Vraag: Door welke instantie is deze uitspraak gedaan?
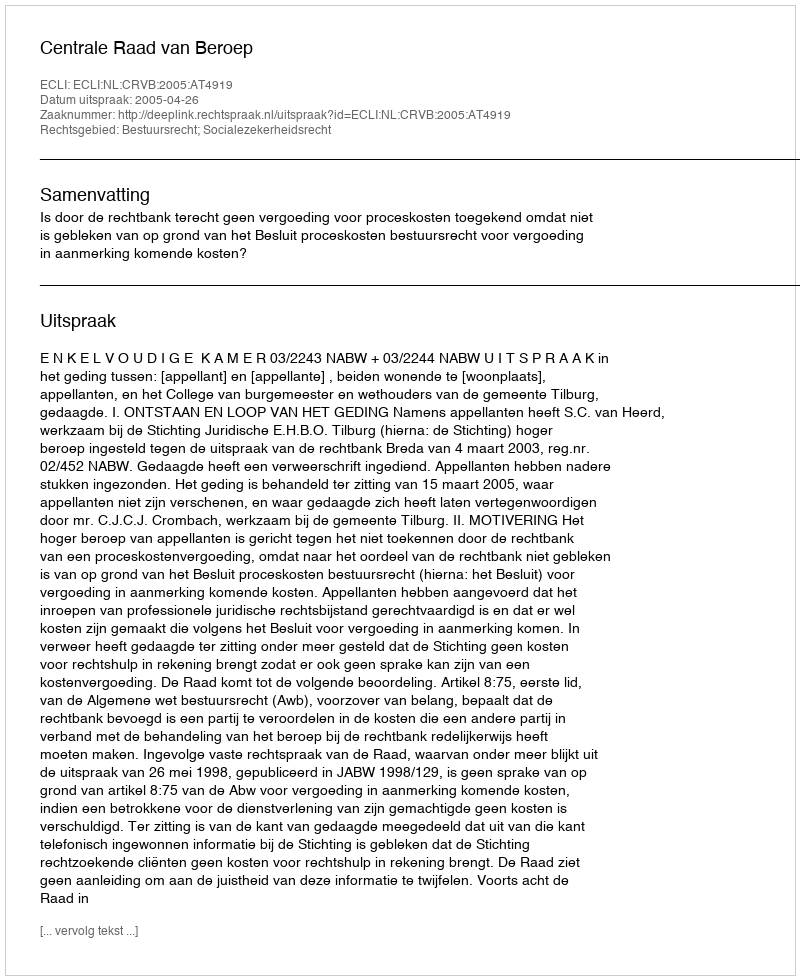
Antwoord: Centrale Raad van Beroep